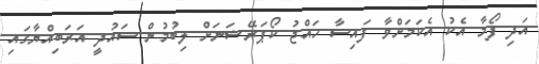
އަދި ފޯމާ އެކު އެކަމަށްވާ ފައިސާ ހައްޖު ކޯޕަރޭޝަނަށް ލިބުމުން ސައުދީ އަރަބިއްޔާގައި